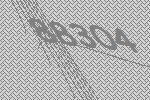
88304